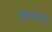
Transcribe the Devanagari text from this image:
सिगफ्रीड